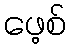
ဖေ့စ်